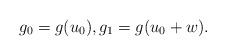
LaTeX: \begin{align*}g_0 = g(u_0), g_1 = g( u_0+w).\end{align*}